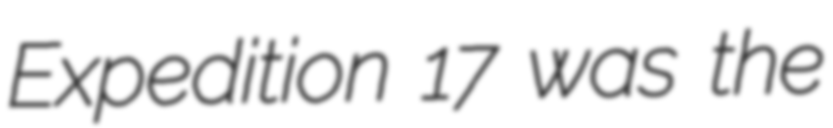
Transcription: Expedition 17 was the